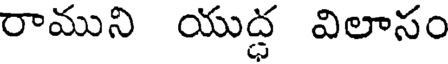
రాముని యుద్ధ విలాసం